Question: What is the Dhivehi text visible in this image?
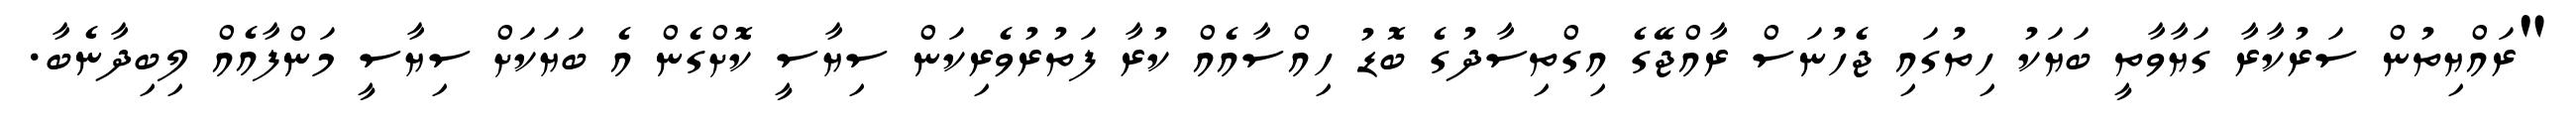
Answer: "ރައްޔިތުން ސަރުކާރާ ގަޔާވާތީ ބަޔަކު ހިތުގައި ޖެހުނަސް ރާއްޖޭގެ އިގްތިސާދުގެ ބޮޑު ހިއްސާއެއް ކުރާ ފަތުރުވެރިކަން ސިޔާސީ ކޮށްގެން އެ ބަޔަކަށް ސިޔާސީ މަންފާއެއް ލިބިދާނެބާ.